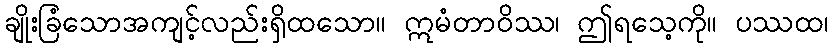
ချိုးခြံသောအကျင့်လည်းရှိထသော။ ဣမံတာဝိဿ၊ ဤရသေ့ကို။ ပဿထ၊